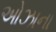
ઓઝાના